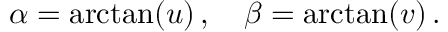
\alpha = \arctan ( u ) \, , \quad \beta = \arctan ( v ) \, .